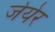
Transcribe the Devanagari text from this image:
जेयेर